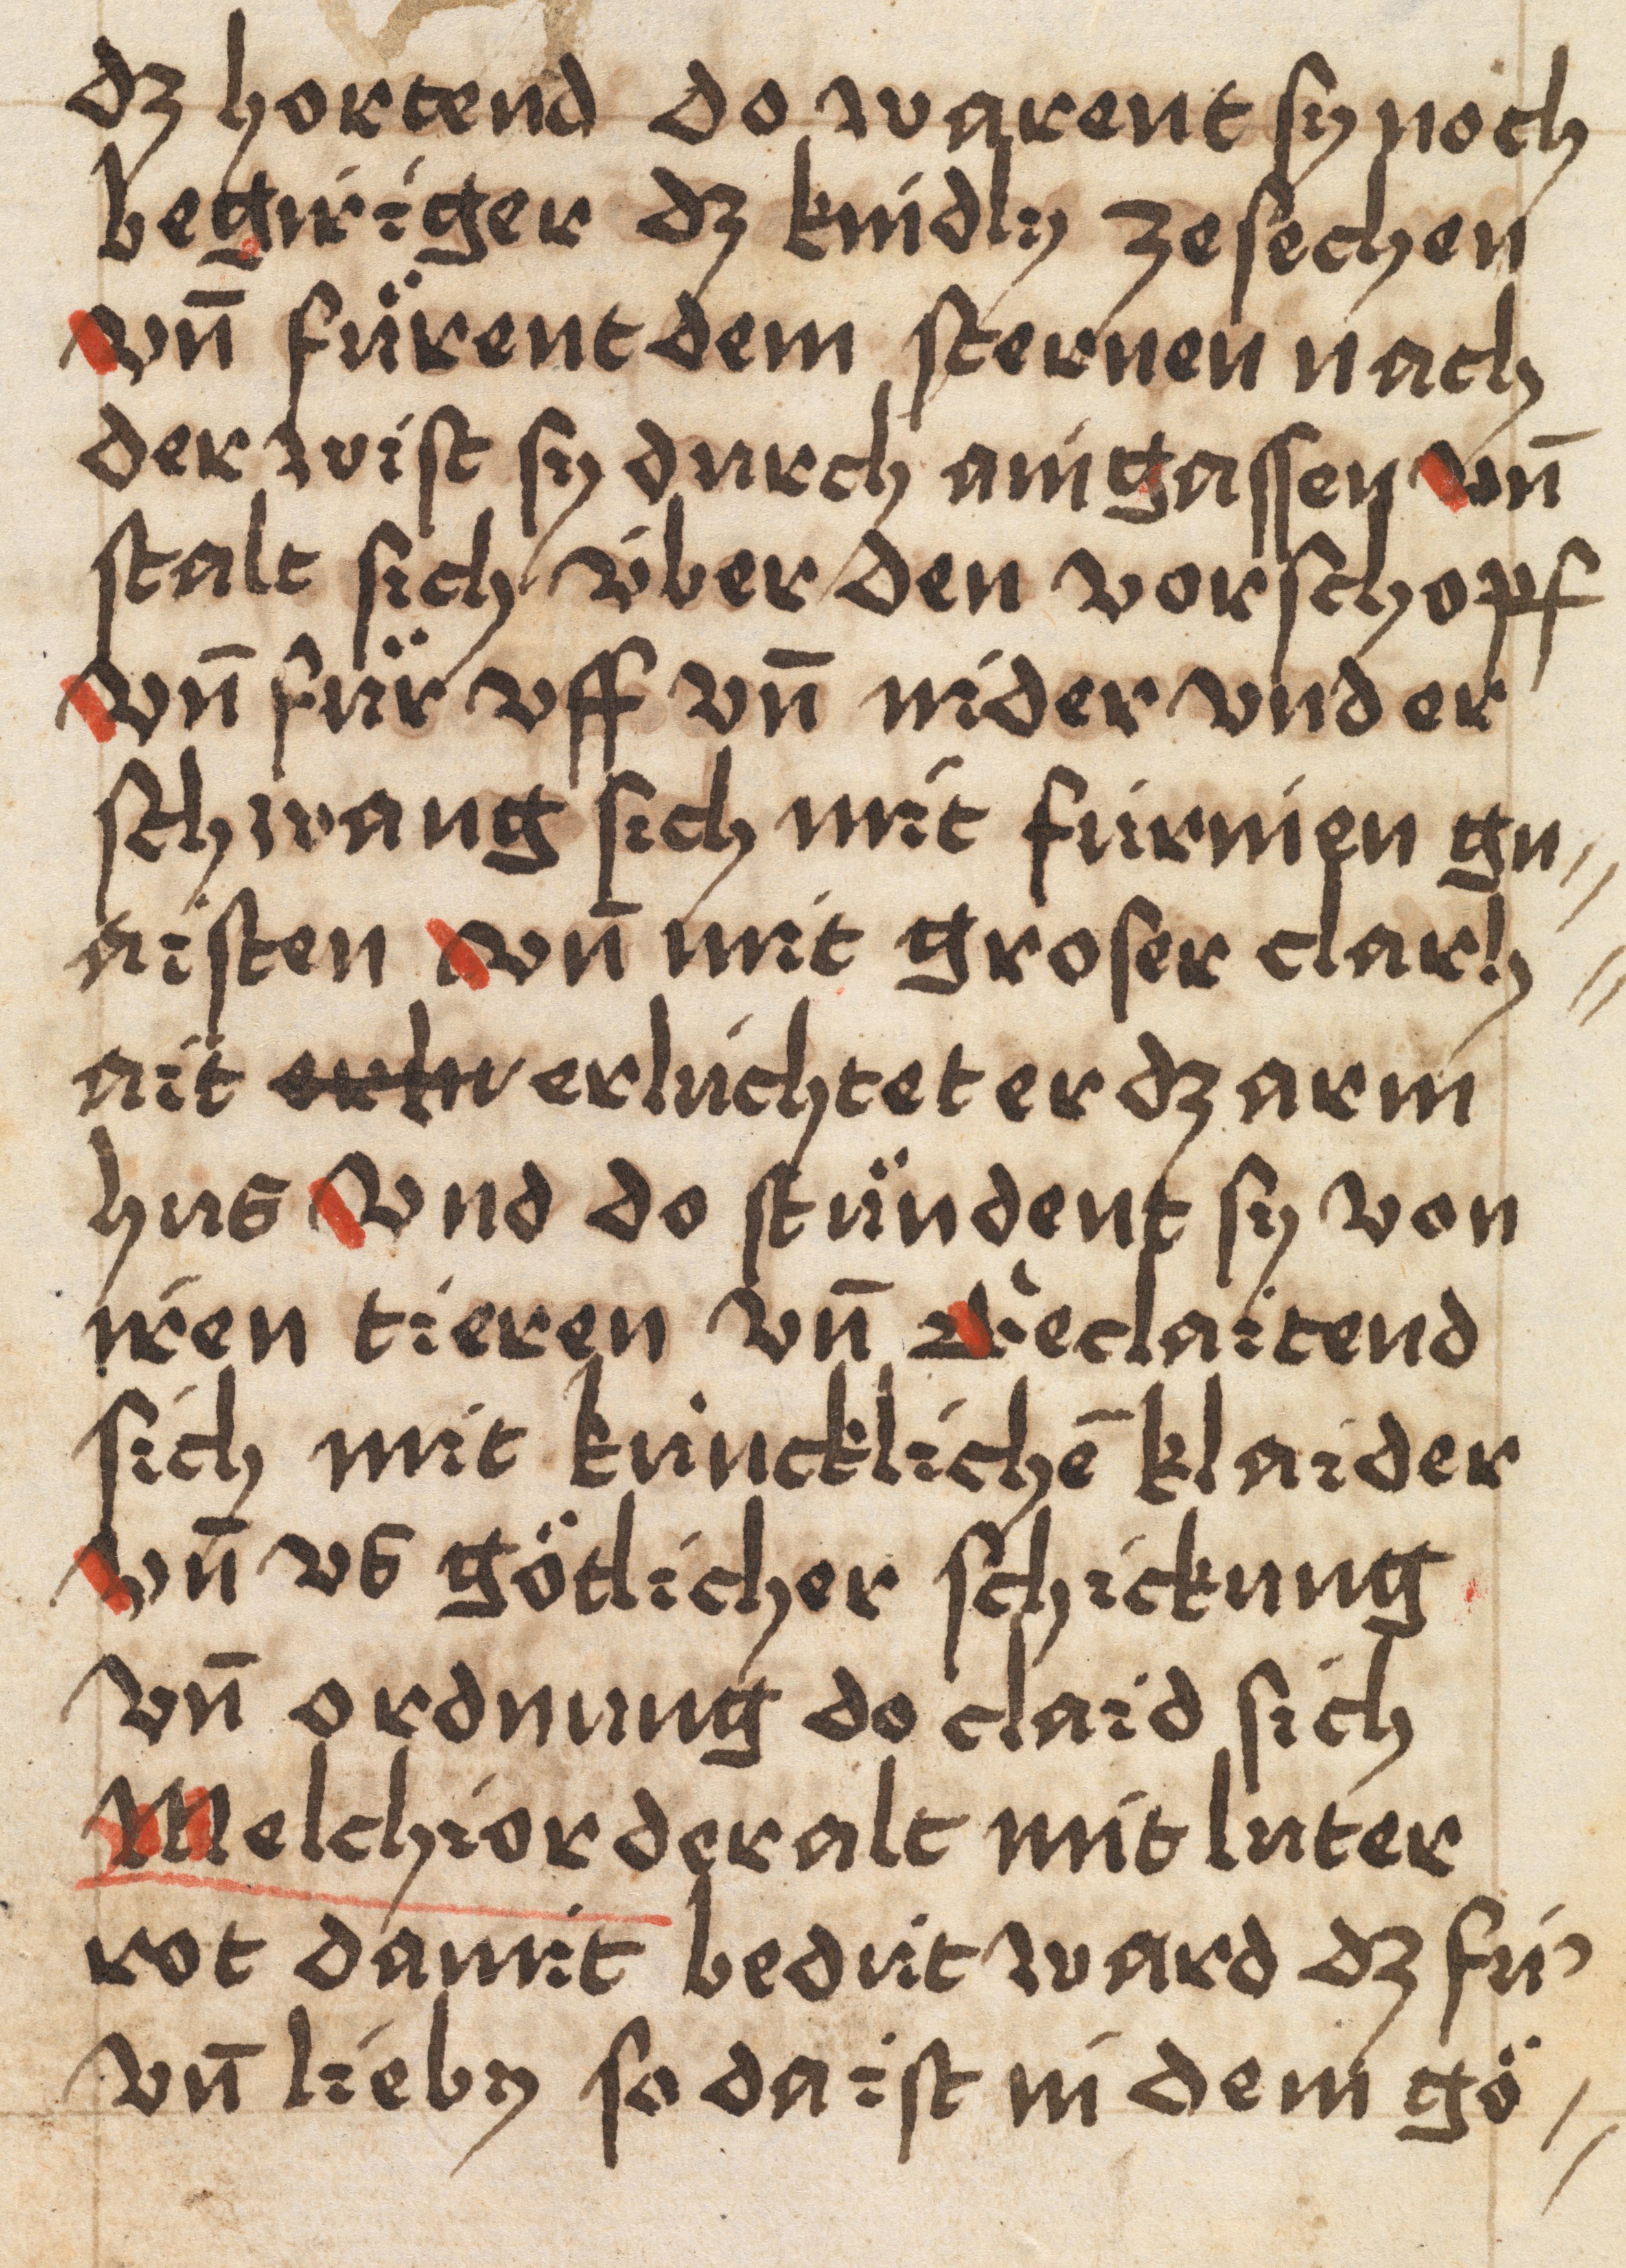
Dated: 1400–1499